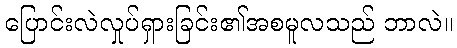
ပြောင်းလဲလှုပ်ရှားခြင်း၏အစမူလသည် ဘာလဲ။